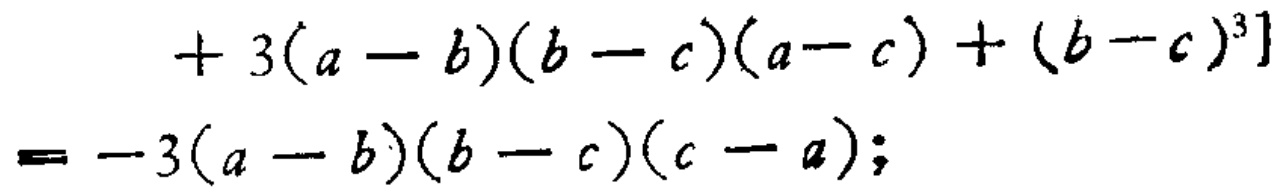
\[

\begin{align*}

&+ 3(a - b)(b - c)(a - c)+(b - c)^{3}]\\

=& -3(a - b)(b - c)(c - a);

\end{align*}

\]